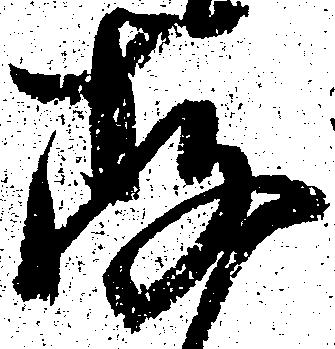
存